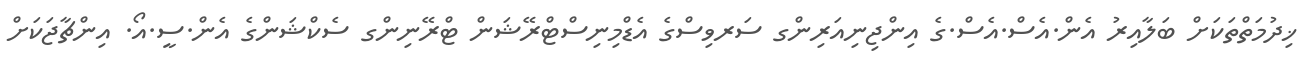
ޚިދުމަތްތަކަށް ބަލާއިރު އެން.އެސް.އެސް.ގެ އިންޖިނިއަރިންގ ސަރވިސްގެ އެޑްމިނިސްޓްރޭޝަން ޓްރޭނިންގ ސެކްޝަންގެ އެން.ސީ.އޯ. އިންޗާޖަކަށް